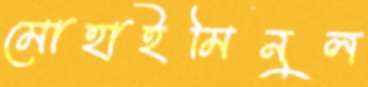
মোহাইমিনুল